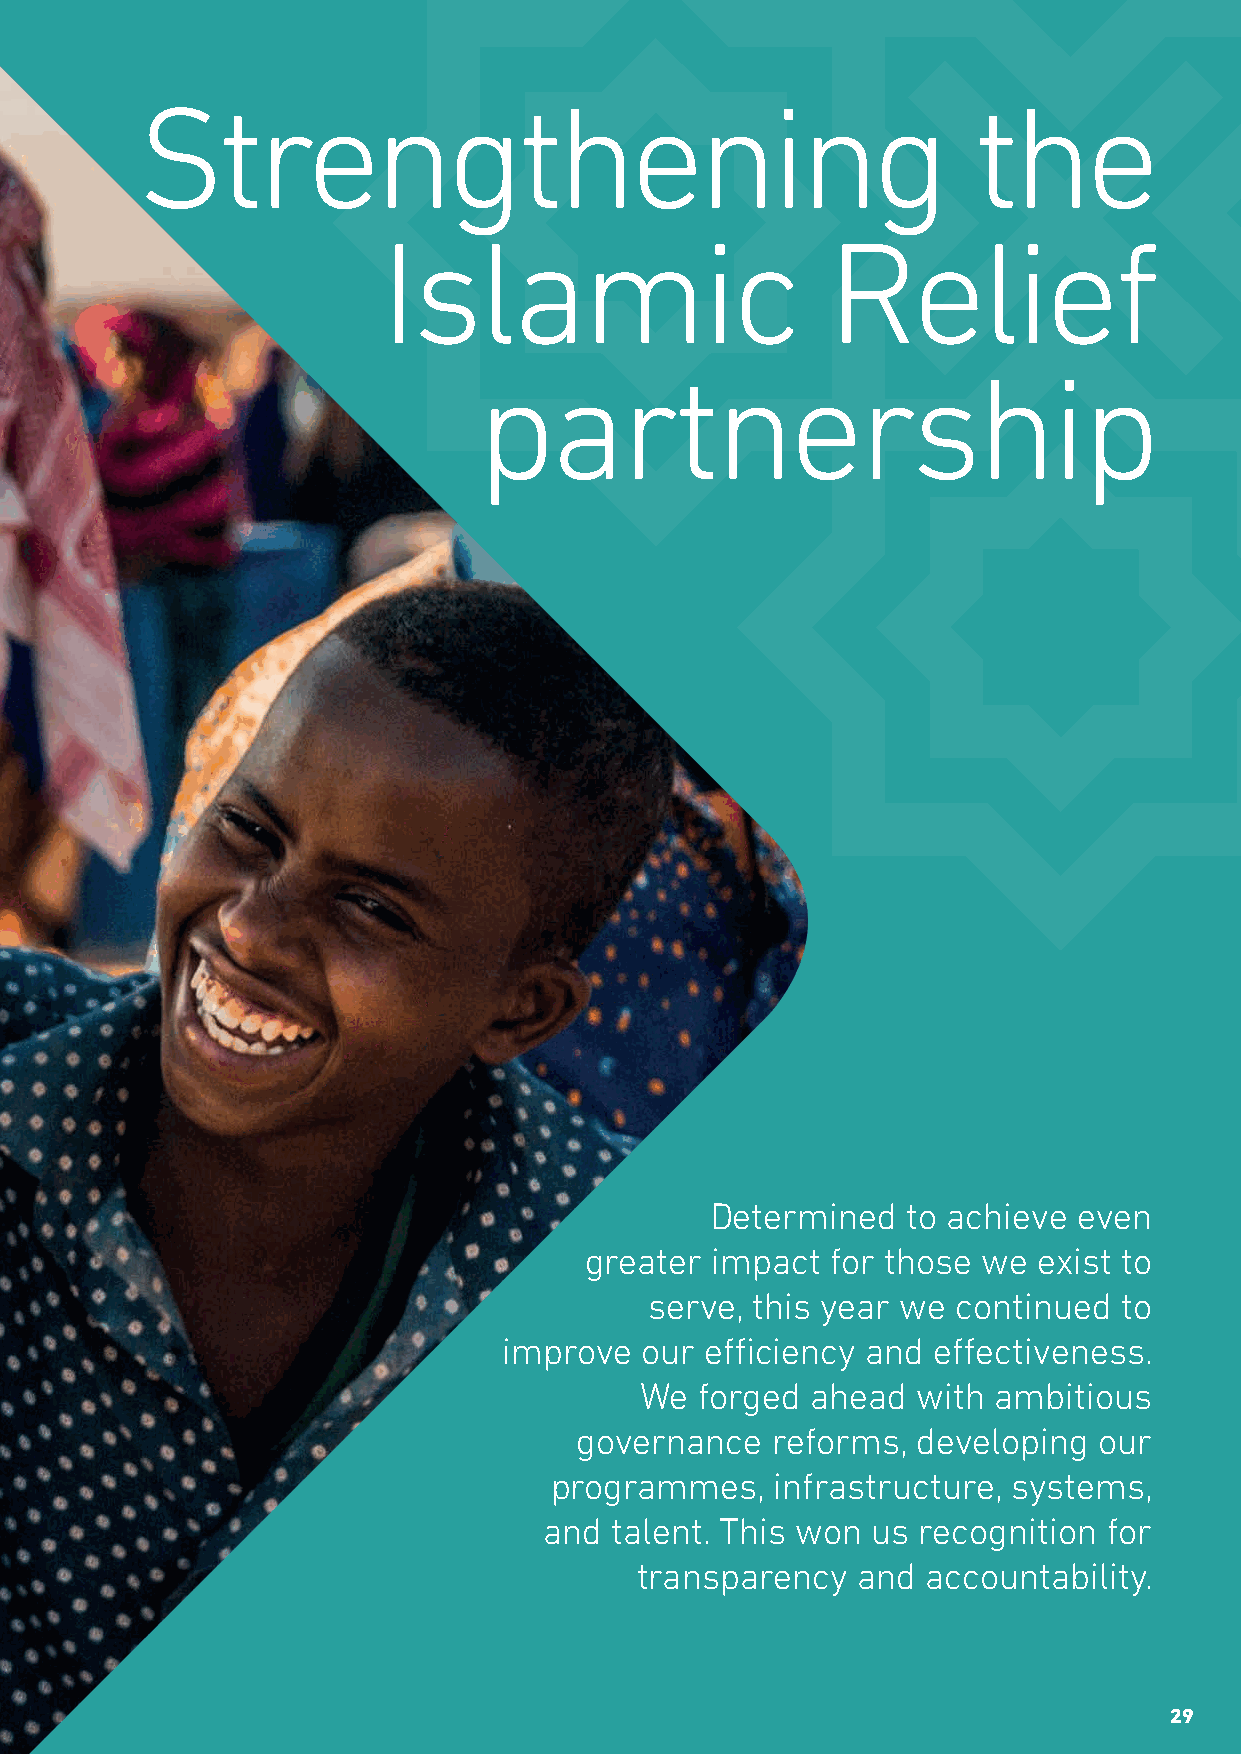
Strengthening                                          the
 Islamic                       Relief
 partnership
 Determined   to achieve even
 greater impact  for those we  exist to
 serve, this year we continued  to
 improve  our  efficiency and effectiveness.
 We  forged  ahead  with ambitious
 governance   reforms,  developing  our
 programmes,    infrastructure, systems,
 and talent. This won  us recognition for
 transparency   and accountability.
 29